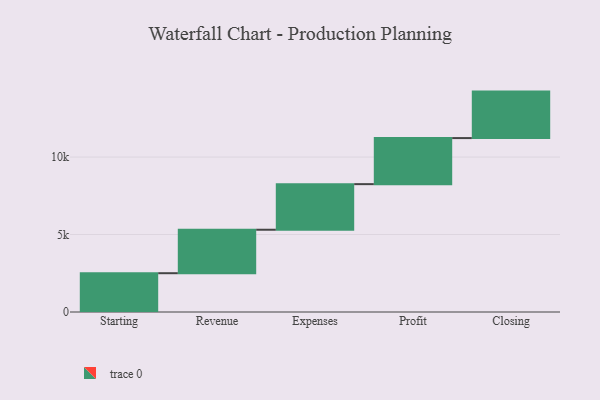
{"axis": {"x": "Step", "y": "Value"}, "legend": [""], "data": [{"x": "Starting", "y": 2504.0, "type": ""}, {"x": "Revenue", "y": 2805.0, "type": ""}, {"x": "Expenses", "y": 2943.0, "type": ""}, {"x": "Profit", "y": 2972.0, "type": ""}, {"x": "Closing", "y": 3000, "type": ""}]}